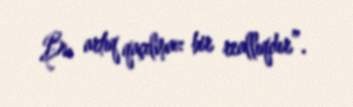
Bu artıq qaçılmaz bir reallıqdır”.